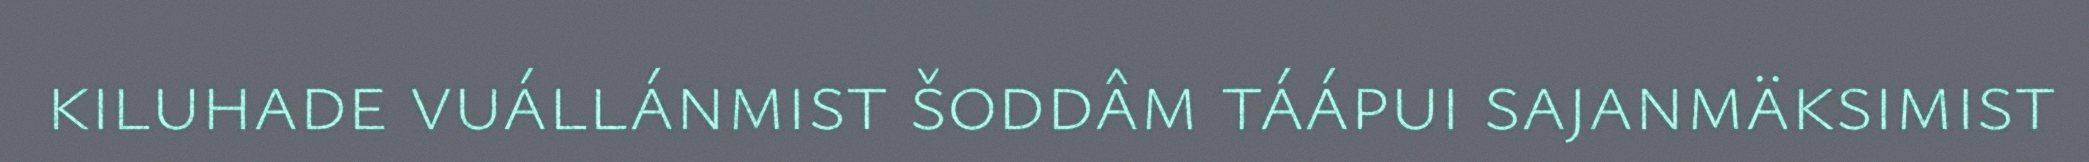
kiluhade vuállánmist šoddâm táápui sajanmäksimist